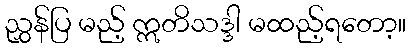
ညွှန်ပြ မည့် ဣတိသဒ္ဒါ မထည့်ရတော့။